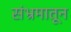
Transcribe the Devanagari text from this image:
संभ्रमातून